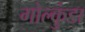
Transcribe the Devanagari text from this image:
गोल्कुंडा